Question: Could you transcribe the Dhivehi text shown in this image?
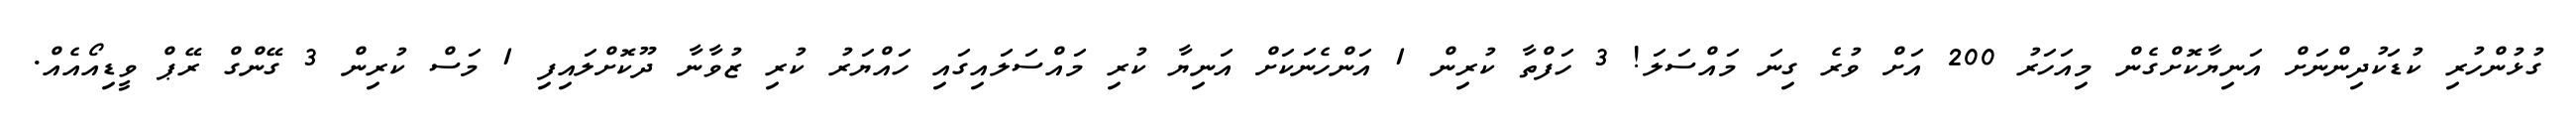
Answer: ގުޅުންހުރި ކުޑަކުދިންނަށް އަނިޔާކޮށްގެން މިއަހަރު 200 އަށް ވުރެ ގިނަ މައްސަލަ! 3 ހަފްތާ ކުރިން 1 އަންހެނަކަށް އަނިޔާ ކުރި މައްސަލައިގައި ހައްޔަރު ކުރި ޒުވާނާ ދޫކޮށްލައިފި 1 މަސް ކުރިން 3 ގޭންގް ރޭޕް ވީޑިއޯއެއް.